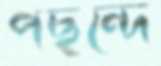
পছন্দে